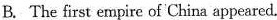
B.The first empire of China appeared.